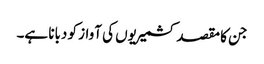
جن کا مقصد کشمیریوں کی آواز کو دبانا ہے۔